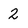
Character: 2